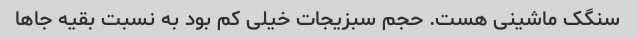
سنگک ماشینی هست. حجم سبزیجات خیلی کم بود به نسبت بقیه جاها